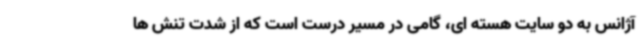
آژانس به دو سایت هسته ‌ای، گامی در مسیر درست است که از شدت تنش ها